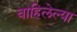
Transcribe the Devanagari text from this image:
वाहिलेल्‍या